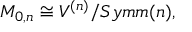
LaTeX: { \cal M } _ { 0 , n } \cong V ^ { ( n ) } / { S y m m } ( n ) ,